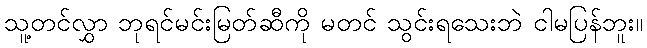
သူ့တင်လွှာ ဘုရင်မင်းမြတ်ဆီကို မတင် သွင်းရသေးဘဲ ငါမပြန်ဘူး။